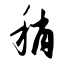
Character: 稍